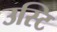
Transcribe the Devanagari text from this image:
उस्टि